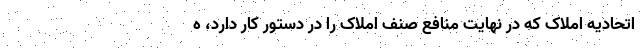
اتحادیه املاک که در نهایت منافع صنف املاک را در دستور کار دارد، ه